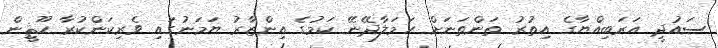
ސައުދީ އަރަބިއްޔާގެ އިތުރު ތަންތަނަށް ހަމަލާދޭނޭ ކަމުގެ އިންޒާރު ޔަމަނުގައި ވެރިކަންކުރާ ހޫޘީން